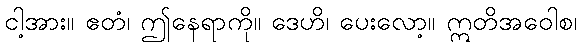
ငါ့အား။ ဧတံ၊ ဤနေရာကို။ ဒေဟိ၊ ပေးလော့။ ဣတိအဝေါစ၊